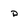
Character: p